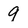
Character: 9